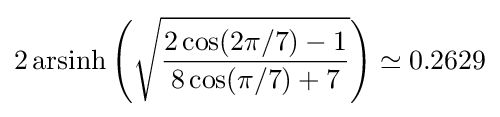
2\operatorname {arsinh} \left({\sqrt {\frac {2\cos(2\pi /7)-1}{8\cos(\pi /7)+7}}}\right)\simeq 0.2629